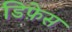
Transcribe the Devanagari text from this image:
डिफ़ेस